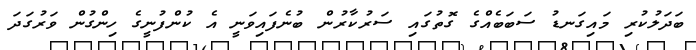
ބަދަލުކުރި މައިގަނޑު ސަބަބެއްގެ ގޮތުގައި ސަރުކާރުން ބުނެފައިވަނީ އެ ކުންފުނީގެ ހިންގުން ވަރުގަދަ